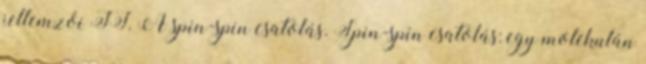
jellemzői II. A spin-spin csatolás. Spin-spin csatolás: egy molekulán